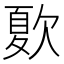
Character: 𣣺